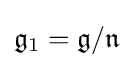
{\mathfrak {g}}_{1}={\mathfrak {g}}/{\mathfrak {n}}